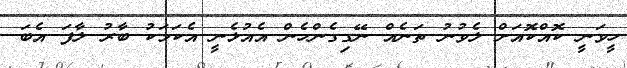
ހީވަނީ ކޮއްކޮއަށް ލެވުނު ތަނެއް ނޭގިގެންހެން އެއުޅެނީ އެކަމަކު ބާރު ލާފަ އެބަ